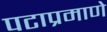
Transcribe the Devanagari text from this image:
पटाप्रमाणे